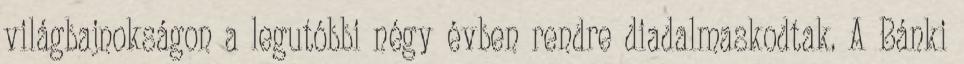
világbajnokságon a legutóbbi négy évben rendre diadalmaskodtak. A Bánki